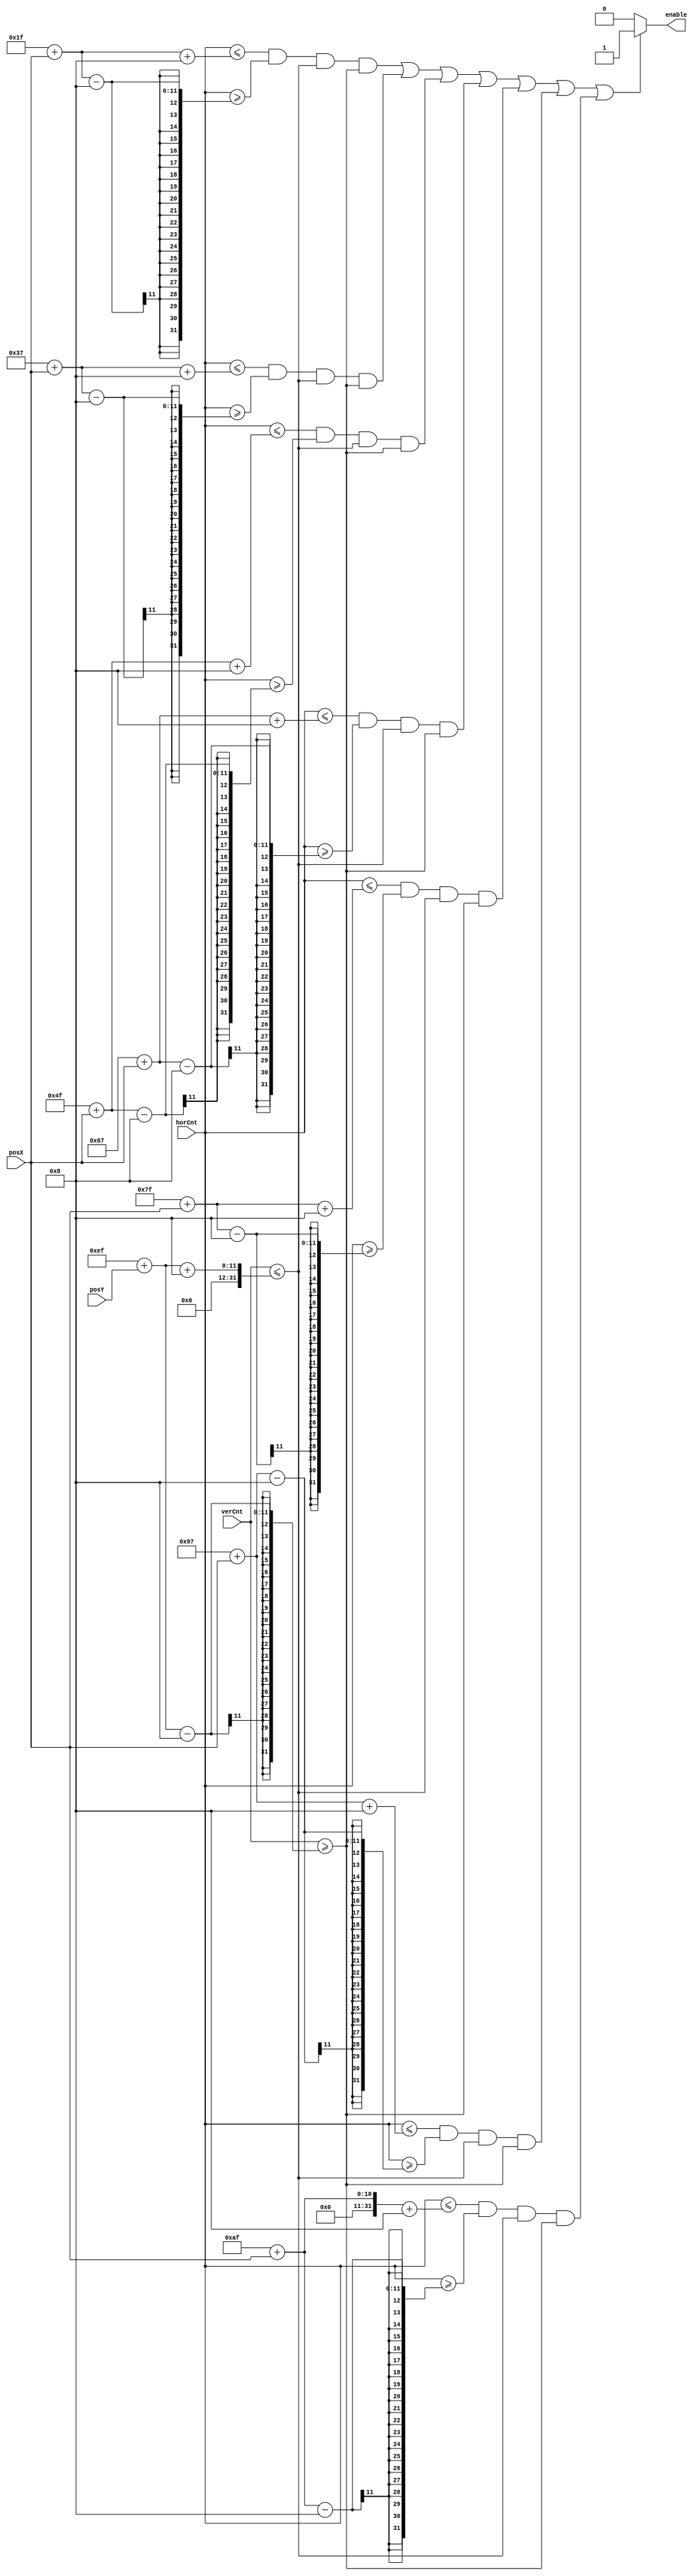
`timescale 1ns / 1ps
//////////////////////////////////////////////////////////////////////////////////
// Company: 
// Engineer: 
// 
// Design Name: 
// Module Name: enemyDrawEnb
// Project Name: 
// Target Devices: 
// Tool Versions: 
// Description: 
// 
// Dependencies: 
// 
// Revision:
// Revision 0.01 - File Created
// Additional Comments:
// 
//////////////////////////////////////////////////////////////////////////////////


module enemyDrawEnb(horCnt,
                    verCnt,
                    posX,
                    posY,
                    enable
    );
    
    localparam e0X = 31;
    localparam e0Y = 239;
    localparam e1X = 55;
    localparam e1Y = 239;
    localparam e2X = 79;
    localparam e2Y = 239;
    localparam e3X = 103;
    localparam e3Y = 239;
    localparam e4X = 127;
    localparam e4Y = 239;
    localparam e5X = 151;
    localparam e5Y = 239;
    localparam e6X = 175;
    localparam e6Y = 239;
    
    input [9:0] horCnt;
    input [9:0] verCnt;
    input [9:0] posX;
    input [9:0] posY;
    output reg enable = 0;
    
    always @(horCnt or verCnt) begin 
        if( horCnt <= e0X + posX+8 && horCnt >= e0X + posX-8 && verCnt <= e0Y + posY+8 && verCnt >= e0Y + posY-8||
            horCnt <= e1X + posX+8 && horCnt >= e1X + posX-8 && verCnt <= e1Y + posY+8 && verCnt >= e1Y + posY-8||
            horCnt <= e2X + posX+8 && horCnt >= e2X + posX-8 && verCnt <= e2Y + posY+8 && verCnt >= e2Y + posY-8||
            horCnt <= e3X + posX+8 && horCnt >= e3X + posX-8 && verCnt <= e3Y + posY+8 && verCnt >= e3Y + posY-8||
            horCnt <= e4X + posX+8 && horCnt >= e4X + posX-8 && verCnt <= e4Y + posY+8 && verCnt >= e4Y + posY-8||
            horCnt <= e5X + posX+8 && horCnt >= e5X + posX-8 && verCnt <= e5Y + posY+8 && verCnt >= e5Y + posY-8||
            horCnt <= e6X + posX+8 && horCnt >= e6X + posX-8 && verCnt <= e6Y + posY+8 && verCnt >= e6Y + posY-8 
        ) begin
            enable <= 1;
        end 
        else
            enable <= 0;   
    end
    
endmodule